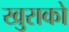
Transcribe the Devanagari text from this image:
खुराको